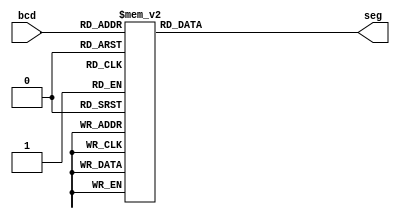
module bcd_to_7seg (
    input [3:0] bcd,
    output reg [7:0] seg
);

  always @(*) begin
    // dot, center, tl, bl, b, br, tr, t
    case (bcd)
      4'b0000: seg = 8'b11000000;  // 0
      4'b0001: seg = 8'b11111001;  // 1
      4'b0010: seg = 8'b10100100;  // 2
      4'b0011: seg = 8'b10110000;  // 3
      4'b0100: seg = 8'b10011001;  // 4
      4'b0101: seg = 8'b10010010;  // 5
      4'b0110: seg = 8'b10000010;  // 6
      4'b0111: seg = 8'b11111000;  // 7
      4'b1000: seg = 8'b10000000;  // 8
      4'b1001: seg = 8'b10010000;  // 9
      4'b1010: seg = 8'b10101011;  // N
      4'b1011: seg = 8'b10100001;  // D
      4'b1100: seg = 8'b10101111;  // R
      4'b1101: seg = 8'b10001000;  // A
      4'b1110: seg = 8'b01101011;  // W
      4'b1111: seg = 8'b11111111;  // off
      default: seg = 8'b11111111;
    endcase
  end
endmodule

module led_renderer (
    input [15:0] graphics,
    input clk,
    output reg[3:0] segSel,
    output reg[7:0] seg
);
  integer counter;
  wire [7:0] res0, res1, res2, res3;

  initial begin
    counter <= 0;
    segSel <= 14;
    seg <= 8'b11111111;
  end

  bcd_to_7seg pos0 (
      .bcd(graphics[3:0]),
      .seg(res0)
  );
  bcd_to_7seg pos1 (
      .bcd(graphics[7:4]),
      .seg(res1)
  );
  bcd_to_7seg pos2 (
      .bcd(graphics[11:8]),
      .seg(res2)
  );
  bcd_to_7seg pos3 (
      .bcd(graphics[15:12]),
      .seg(res3)
  );

  always @(posedge clk) begin
    counter <= counter + 1;
    if (counter == 100000) begin
      counter <= 0;
      case (segSel)
        14: begin
          segSel <= 13;
          seg <= res1;
        end
        13: begin
          segSel <= 11;
          seg <= res2;
        end
        11: begin
          segSel <= 7;
          seg <= res3;
        end
        7: begin
          segSel <= 14;
          seg <= res0;
        end
      endcase
    end
  end
endmodule



//output sevenseg
//init state -> init 
//rasp state -> round win lose 
//bawp state -> p1black p1white p2black p2white , led? ?????, ?? 
//p1_turn state -> player , led? p1_card 
//p2_turn state
//matchresult state -> matchresult 
//gameresult state -> gameresult